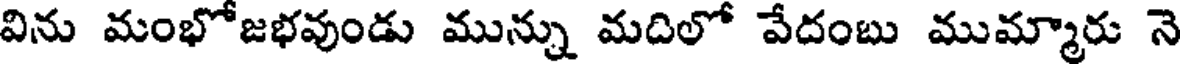
విను మంభోజభవుండు మున్ను మదిలో వేదంబు ముమ్మారు నె